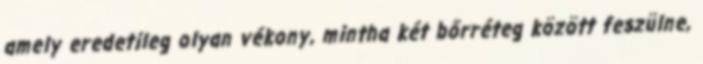
amely eredetileg olyan vékony, mintha két bőrréteg között feszülne,